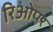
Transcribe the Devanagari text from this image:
रिओपर